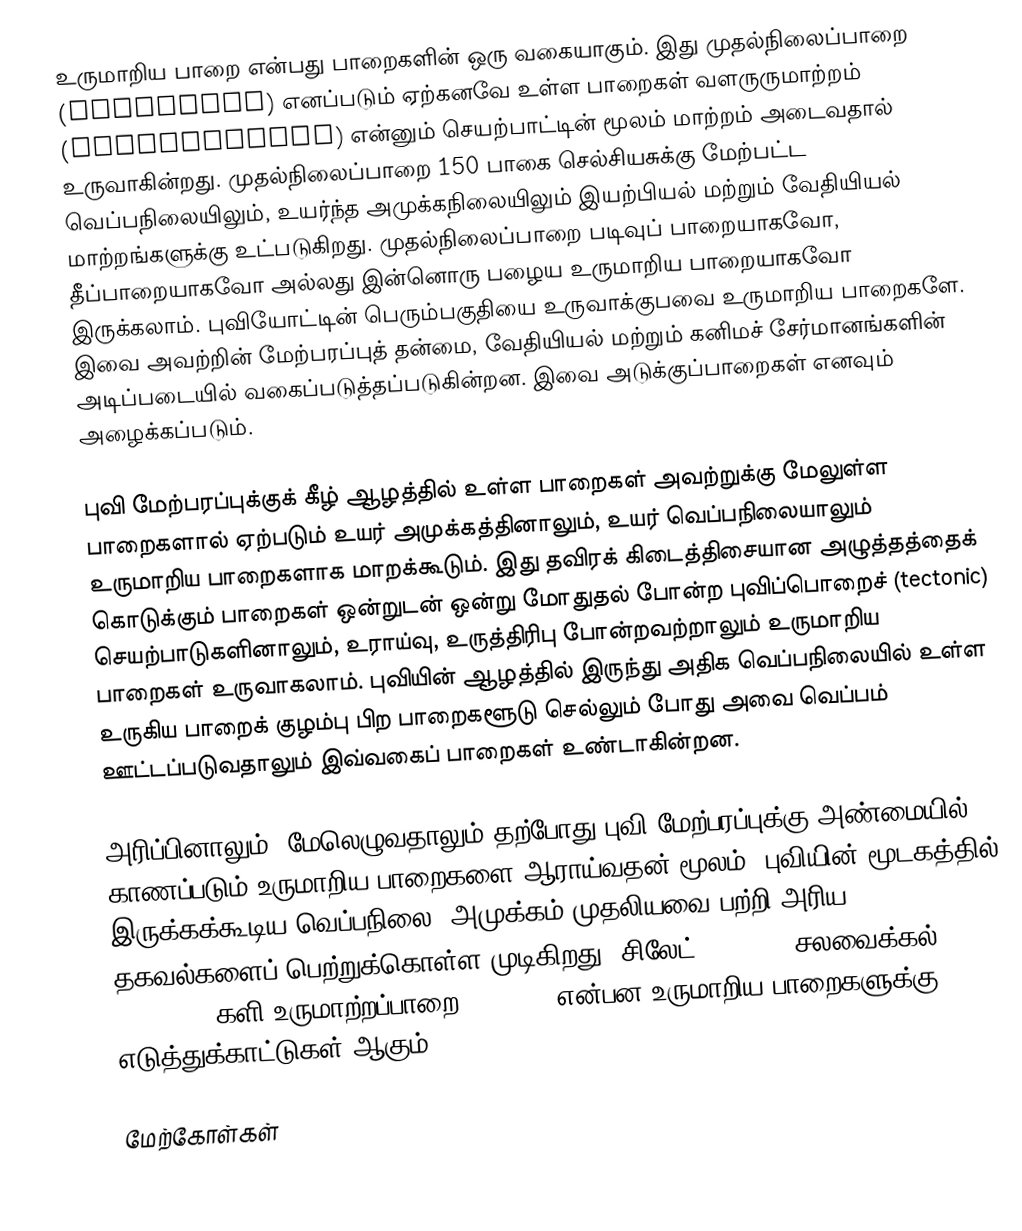
உருமாறிய பாறை என்பது பாறைகளின் ஒரு வகையாகும். இது முதல்நிலைப்பாறை (protolith) எனப்படும் ஏற்கனவே உள்ள பாறைகள் வளருருமாற்றம் (metamorphism) என்னும் செயற்பாட்டின் மூலம் மாற்றம் அடைவதால் உருவாகின்றது. முதல்நிலைப்பாறை 150 பாகை செல்சியசுக்கு மேற்பட்ட வெப்பநிலையிலும், உயர்ந்த அமுக்கநிலையிலும் இயற்பியல் மற்றும் வேதியியல் மாற்றங்களுக்கு உட்படுகிறது. முதல்நிலைப்பாறை படிவுப் பாறையாகவோ, தீப்பாறையாகவோ அல்லது இன்னொரு பழைய உருமாறிய பாறையாகவோ இருக்கலாம். புவியோட்டின் பெரும்பகுதியை உருவாக்குபவை உருமாறிய பாறைகளே. இவை அவற்றின் மேற்பரப்புத் தன்மை, வேதியியல் மற்றும் கனிமச் சேர்மானங்களின் அடிப்படையில் வகைப்படுத்தப்படுகின்றன. இவை அடுக்குப்பாறைகள் எனவும் அழைக்கப்படும்.

புவி மேற்பரப்புக்குக் கீழ் ஆழத்தில் உள்ள பாறைகள் அவற்றுக்கு மேலுள்ள பாறைகளால் ஏற்படும் உயர் அமுக்கத்தினாலும், உயர் வெப்பநிலையாலும் உருமாறிய பாறைகளாக மாறக்கூடும். இது தவிரக் கிடைத்திசையான அழுத்தத்தைக் கொடுக்கும் பாறைகள் ஒன்றுடன் ஒன்று மோதுதல் போன்ற புவிப்பொறைச் (tectonic) செயற்பாடுகளினாலும், உராய்வு, உருத்திரிபு போன்றவற்றாலும் உருமாறிய பாறைகள் உருவாகலாம். புவியின் ஆழத்தில் இருந்து அதிக வெப்பநிலையில் உள்ள உருகிய பாறைக் குழம்பு பிற பாறைகளூடு செல்லும் போது அவை வெப்பம் ஊட்டப்படுவதாலும் இவ்வகைப் பாறைகள் உண்டாகின்றன.

அரிப்பினாலும், மேலெழுவதாலும் தற்போது புவி மேற்பரப்புக்கு அண்மையில் காணப்படும் உருமாறிய பாறைகளை ஆராய்வதன் மூலம், புவியின் மூடகத்தில் இருக்கக்கூடிய வெப்பநிலை, அமுக்கம் முதலியவை பற்றி அரிய தகவல்களைப் பெற்றுக்கொள்ள முடிகிறது. சிலேட் (slate), சலவைக்கல் (marble), களி உருமாற்றப்பாறை (schist) என்பன உருமாறிய பாறைகளுக்கு எடுத்துக்காட்டுகள் ஆகும்.

மேற்கோள்கள்